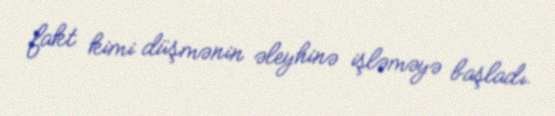
fakt kimi düşmənin əleyhinə işləməyə başladı.